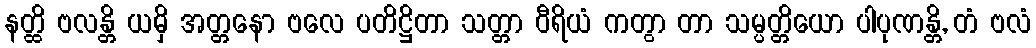
နတ္ထိ ဗလန္တိ ယမှိ အတ္တနော ဗလေ ပတိဋ္ဌိတာ သတ္တာ ဝီရိယံ ကတွာ တာ သမ္ပတ္တိယော ပါပုဏန္တိ, တံ ဗလံ